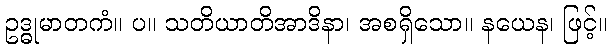
ဥဒ္ဓုမာတကံ။ ပ။ သတိယာတိအာဒိနာ၊ အစရှိသော။ နယေန၊ ဖြင့်။